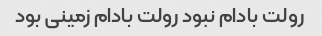
رولت بادام نبود رولت بادام زمینی بود